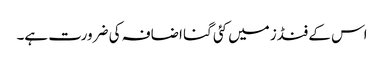
اس کے فنڈز میں کئی گنا اضافہ کی ضرورت ہے۔